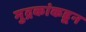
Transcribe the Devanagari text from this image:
मुद्रकांकडून